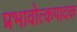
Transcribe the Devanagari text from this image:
प्रभावोत्कपादक